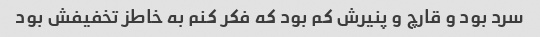
سرد بود و قارچ و پنیرش کم بود که فکر کنم به خاطز تخفیفش بود